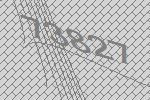
73827